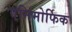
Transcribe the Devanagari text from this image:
एनिमोर्फिक